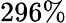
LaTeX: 296\%